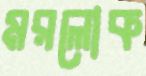
মরলোক